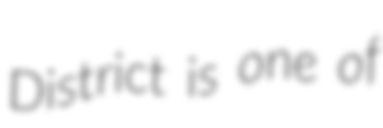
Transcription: District is one of